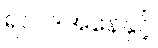
ရလဒ်အနေနှင့်